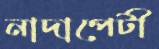
নাদাপেটী